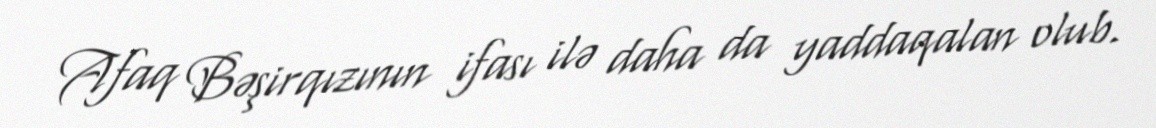
Afaq Bəşirqızının ifası ilə daha da yaddaqalan olub.